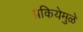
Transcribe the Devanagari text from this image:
प्रकियेमुळे